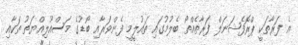
އެ ފަރާތަކީ ޕްރޮފެޝަނަލް ފަރާތެއްތޯ ބެލުމުގައި ތައުލީމީ ފެންވަރާއި ބޯޑުގެ މަސްއޫލިއްޔަތު ތަކާއި